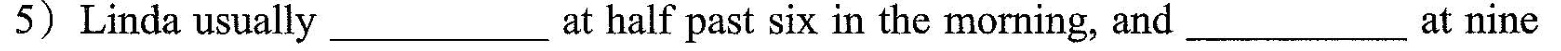
5) Linda usually ___ at half past six in the morning, and ___ at nine